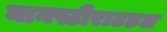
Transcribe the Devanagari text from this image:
नानस्टीराटडल